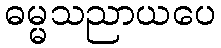
ဓမ္မသညာယပေ